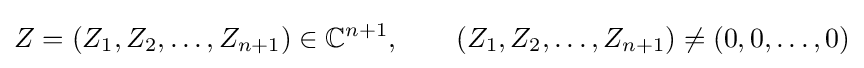
Z=(Z_{1},Z_{2},\ldots ,Z_{n+1})\in \mathbb {C} ^{n+1},\qquad (Z_{1},Z_{2},\ldots ,Z_{n+1})\neq (0,0,\ldots ,0)